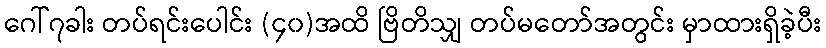
ဂေါ်၇ခါး တပ်ရင်းပေါင်း (၄၀)အထိ ဗြိတိသျှ တပ်မတော်အတွင်း မှာထားရှိခဲ့ပီး